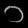
Digit: ၁